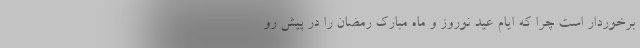
برخوردار است چرا که ایام عید نوروز و ماه مبارک رمضان را در پیش رو